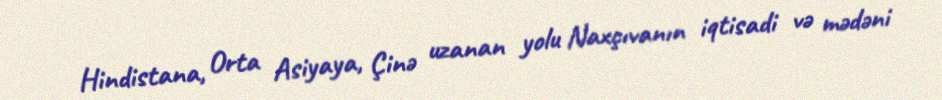
Hindistana, Orta Asiyaya, Çinə uzanan yolu Naxçıvanın iqtisadi və mədəni